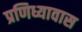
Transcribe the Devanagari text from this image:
प्रणिध्यावास